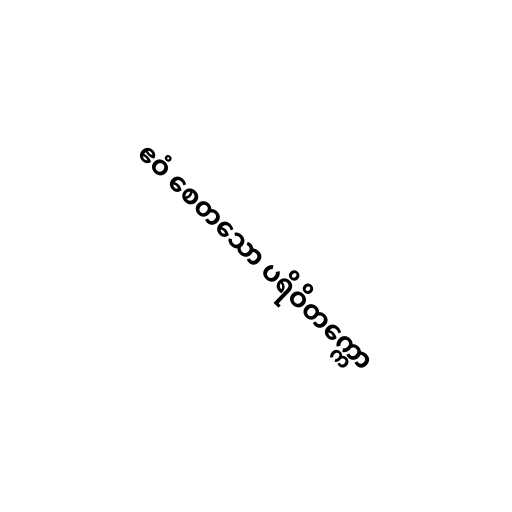
ဧဝံ စေတသော ပရိဝိတက္ကော